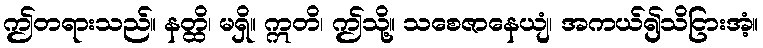
ဤတရားသည်။ နတ္ထိ၊ မရှိ။ ဣတိ၊ ဤသို့။ သစေဇာနေယျံ၊ အကယ်၍သိငြားအံ့။